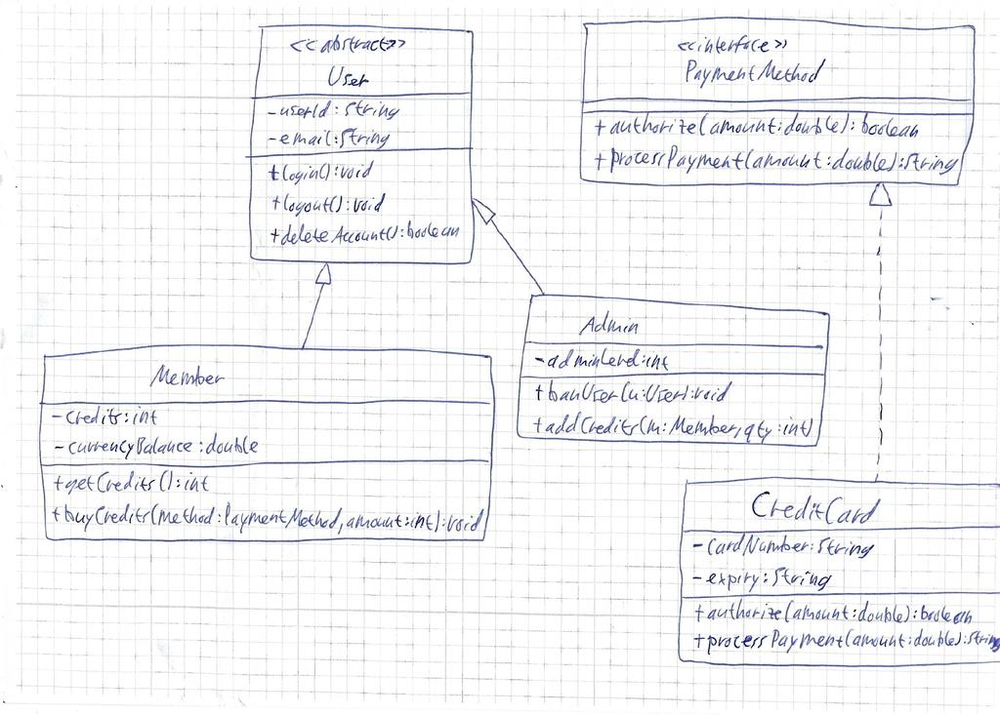
Diagram type: class_diagram
```plantuml
@startuml

abstract class User {
  - userId: String
  - email: String
  + login(): void
  + logout(): void
  + deleteAccount(): boolean
}

interface PaymentMethod {
  + authorize(amount: double): boolean
  + processPayment(amount: double): String
}

class Member extends User {
  - credits: int
  - currencyBalance: double
  + getCredits(): int
  + buyCredits(method: PaymentMethod, amount: int): void
}

class CreditCard implements PaymentMethod {
  - cardNumber: String
  - expiry: String
  + authorize(amount: double): boolean
  + processPayment(amount: double): String
}

class Admin extends User {
  - adminLevel: int
  + banUser(u: User): void
  + addCredits(m: Member, qty: int)
}

@enduml
```